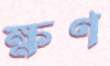
ক্ষণ